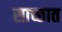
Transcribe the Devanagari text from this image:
साच्छात